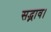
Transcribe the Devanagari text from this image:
सद्भाव।